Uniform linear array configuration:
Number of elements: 32
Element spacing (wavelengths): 1
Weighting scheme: exponential
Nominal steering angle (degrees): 45
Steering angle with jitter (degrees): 45.704
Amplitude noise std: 0.05
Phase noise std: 0.05

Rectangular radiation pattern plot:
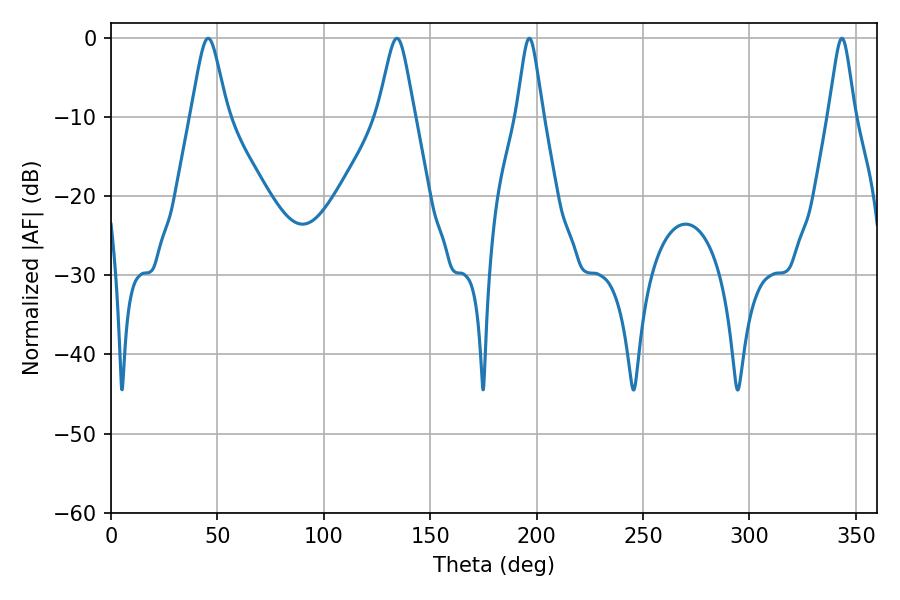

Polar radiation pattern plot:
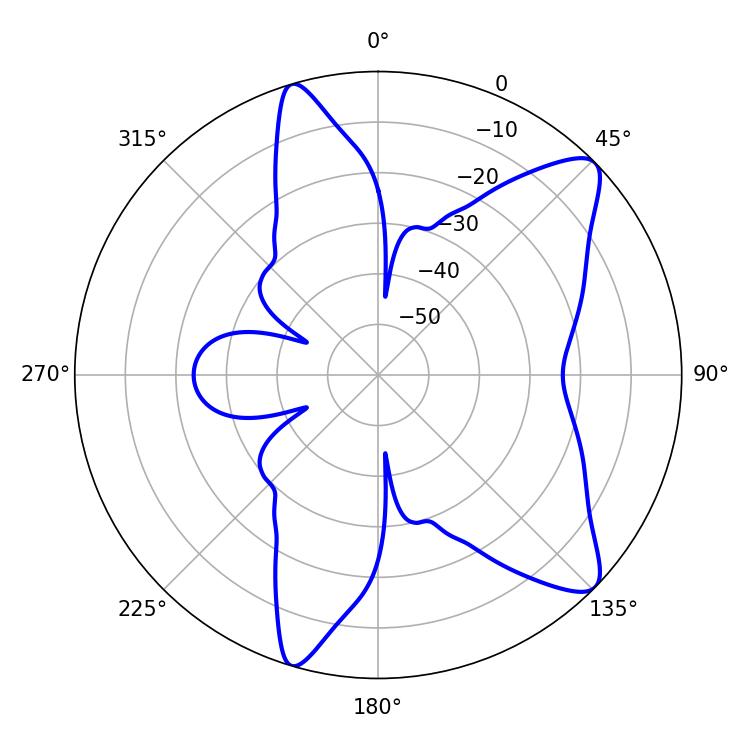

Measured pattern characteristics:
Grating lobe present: TRUE
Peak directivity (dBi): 10.183
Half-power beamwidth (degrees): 5.94
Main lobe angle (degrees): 196.56